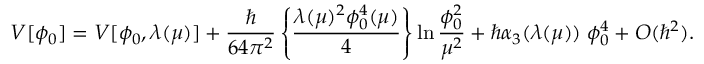
{ \cal V } [ \phi _ { 0 } ] = V [ \phi _ { 0 } , \lambda ( \mu ) ] + { \frac { \hbar } { 6 4 \pi ^ { 2 } } } \left\{ { \frac { \lambda ( \mu ) ^ { 2 } \phi _ { 0 } ^ { 4 } ( \mu ) } { 4 } } \right\} \ln { \frac { \phi _ { 0 } ^ { 2 } } { \mu ^ { 2 } } } + \hbar \alpha _ { 3 } ( \lambda ( \mu ) ) \; \phi _ { 0 } ^ { 4 } + O ( \hbar ^ { 2 } ) .